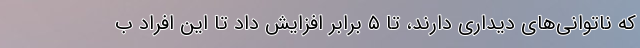
که ناتوانی‌های دیداری دارند، تا ۵ برابر افزایش داد تا این افراد ب